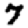
Digit: 7